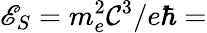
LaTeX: \mathscr{E}_{S}=m_{e}^{2}\mathcal{C}^{3}/e\hbar=